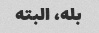
بله، البته